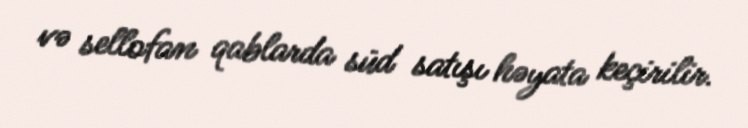
və sellofan qablarda süd satışı həyata keçirilir.